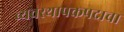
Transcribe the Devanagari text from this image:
व्यवस्थापकपदाचा